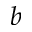
b